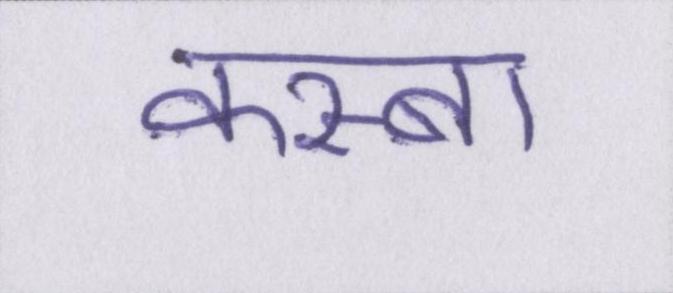
कस्बा